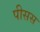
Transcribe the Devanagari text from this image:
पीसस